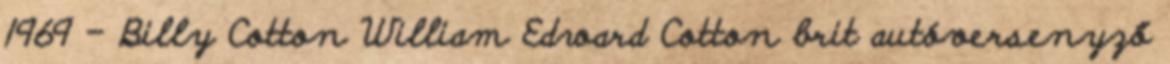
1969 – Billy Cotton William Edward Cotton brit autóversenyző